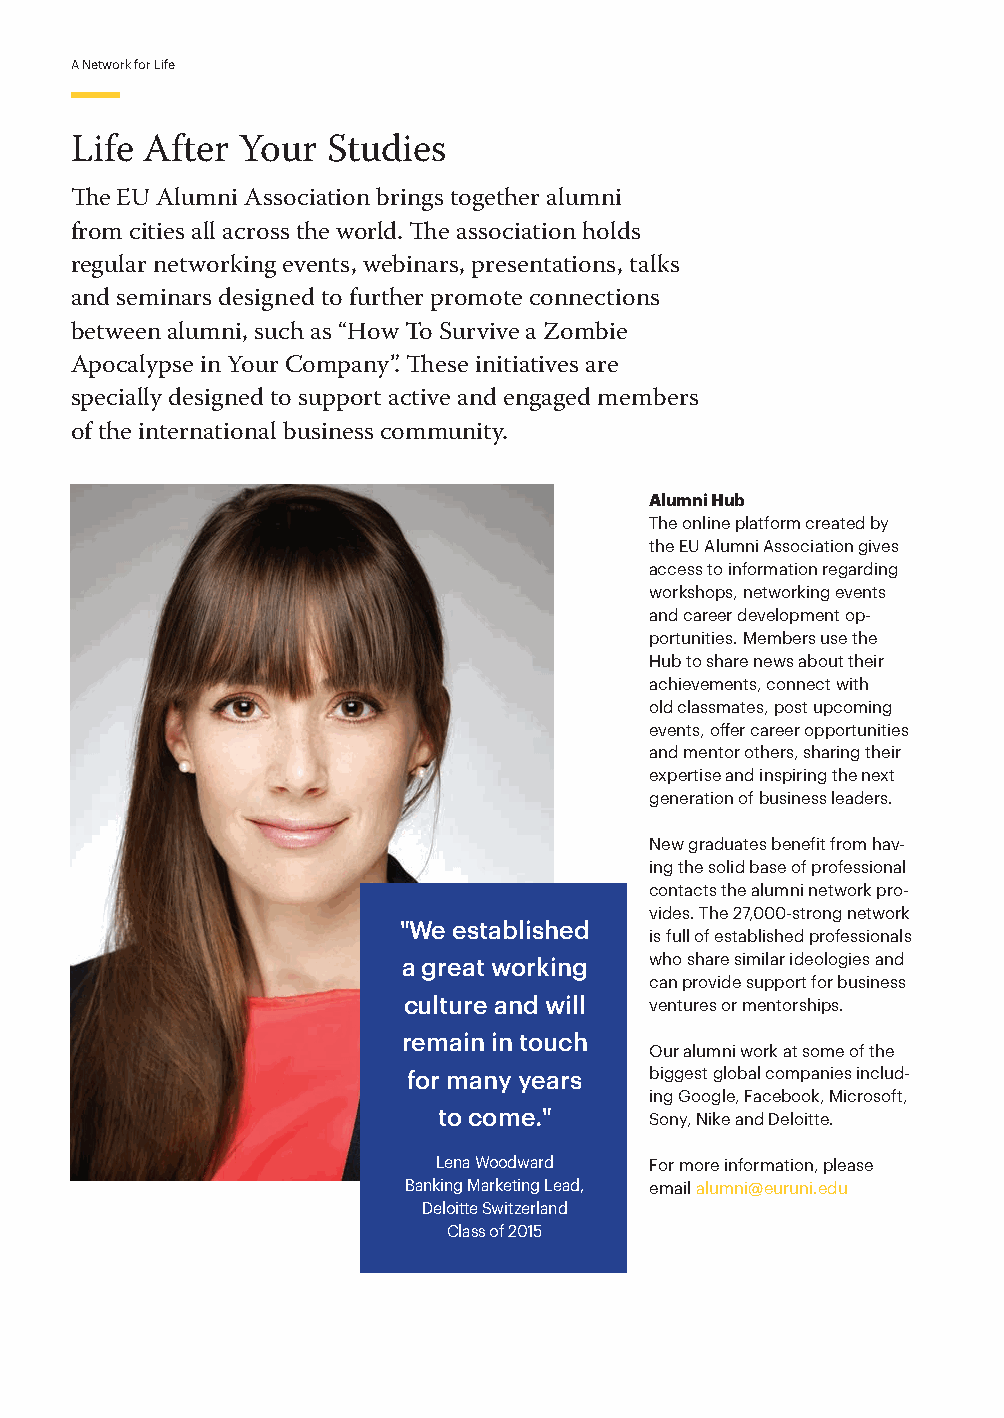
A Network for Life
 Life After Your  Studies
 The EU Alumni Association brings together alumni
 from cities all across the world. The association holds
 regular networking events, webinars, presentations, talks
 and seminars designed to further promote connections
 between alumni, such as “How To Survive a Zombie
 Apocalypse in Your Company”. These initiatives are
 specially designed to support active and engaged members
 of the international business community.
 Alumni Hub
 The online platform created by
 the EU Alumni Association gives
 access to information regarding
 workshops, networking events
 and career development op-
 portunities. Members use the
 Hub to share news about their
 achievements, connect with
 old classmates, post upcoming
 events, offer career opportunities
 and mentor others, sharing their
 expertise and inspiring the next
 generation of business leaders.
 New graduates benefit from hav-
 ing the solid base of professional
 contacts the alumni network pro-
 vides. The 27,000-strong network
 "We established
 is full of established professionals
 a great working who share similar ideologies and
 can provide support for business
 culture and will ventures or mentorships.
 remain in touch
 Our alumni work at some of the
 for many years  biggest global companies includ-
 ing Google, Facebook, Microsoft,
 to come."     Sony, Nike and Deloitte.
 Lena Woodward For more information, please
 Banking Marketing Lead, email alumni@euruni.edu
 Deloitte Switzerland
 Class of 2015